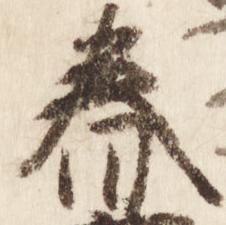
春